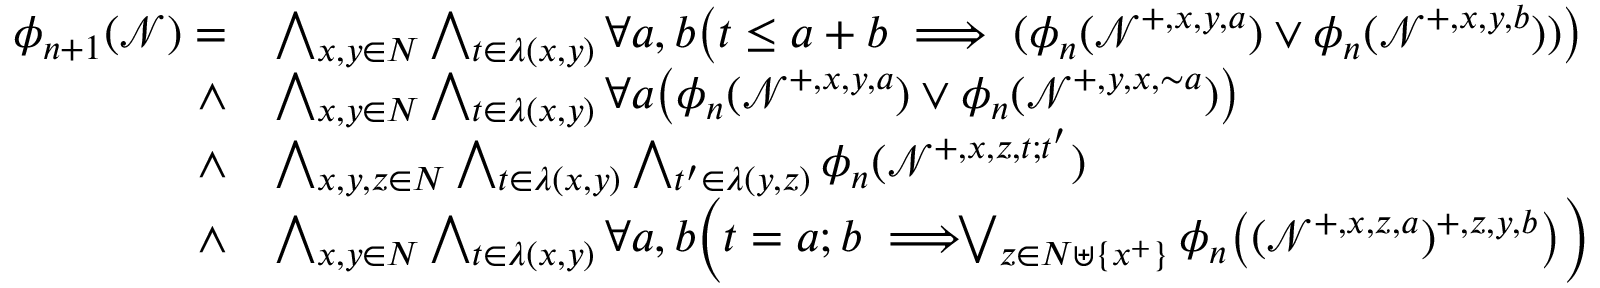
\begin{array} { r l } { \phi _ { n + 1 } ( \mathcal { N } ) = } & { \bigwedge _ { x , y \in N } \bigwedge _ { t \in \lambda ( x , y ) } \forall a , b \big ( t \leq a + b \implies ( \phi _ { n } ( \mathcal { N } ^ { + , x , y , a } ) \vee \phi _ { n } ( \mathcal { N } ^ { + , x , y , b } ) ) \big ) } \\ { \wedge } & { \bigwedge _ { x , y \in N } \bigwedge _ { t \in \lambda ( x , y ) } \forall a \big ( \phi _ { n } ( \mathcal { N } ^ { + , x , y , a } ) \vee \phi _ { n } ( \mathcal { N } ^ { + , y , x , { \sim } a } ) \big ) } \\ { \wedge } & { \bigwedge _ { x , y , z \in N } \bigwedge _ { t \in \lambda ( x , y ) } \bigwedge _ { t ^ { \prime } \in \lambda ( y , z ) } \phi _ { n } ( \mathcal { N } ^ { + , x , z , t ; t ^ { \prime } } ) } \\ { \wedge } & { \bigwedge _ { x , y \in N } \bigwedge _ { t \in \lambda ( x , y ) } \forall a , b \Big ( t = a ; b \implies \! \! \! \! \bigvee _ { z \in N \uplus \{ x ^ { + } \} } \phi _ { n } \big ( ( \mathcal { N } ^ { + , x , z , a } ) ^ { + , z , y , b } \big ) \Big ) } \end{array}